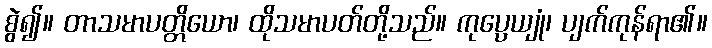
စွဲ၍။ တာသမာပတ္တိယော၊ ထိုသမာပတ်တို့သည်။ ကုပ္ပေယျုံ၊ ပျက်ကုန်ရာ၏။